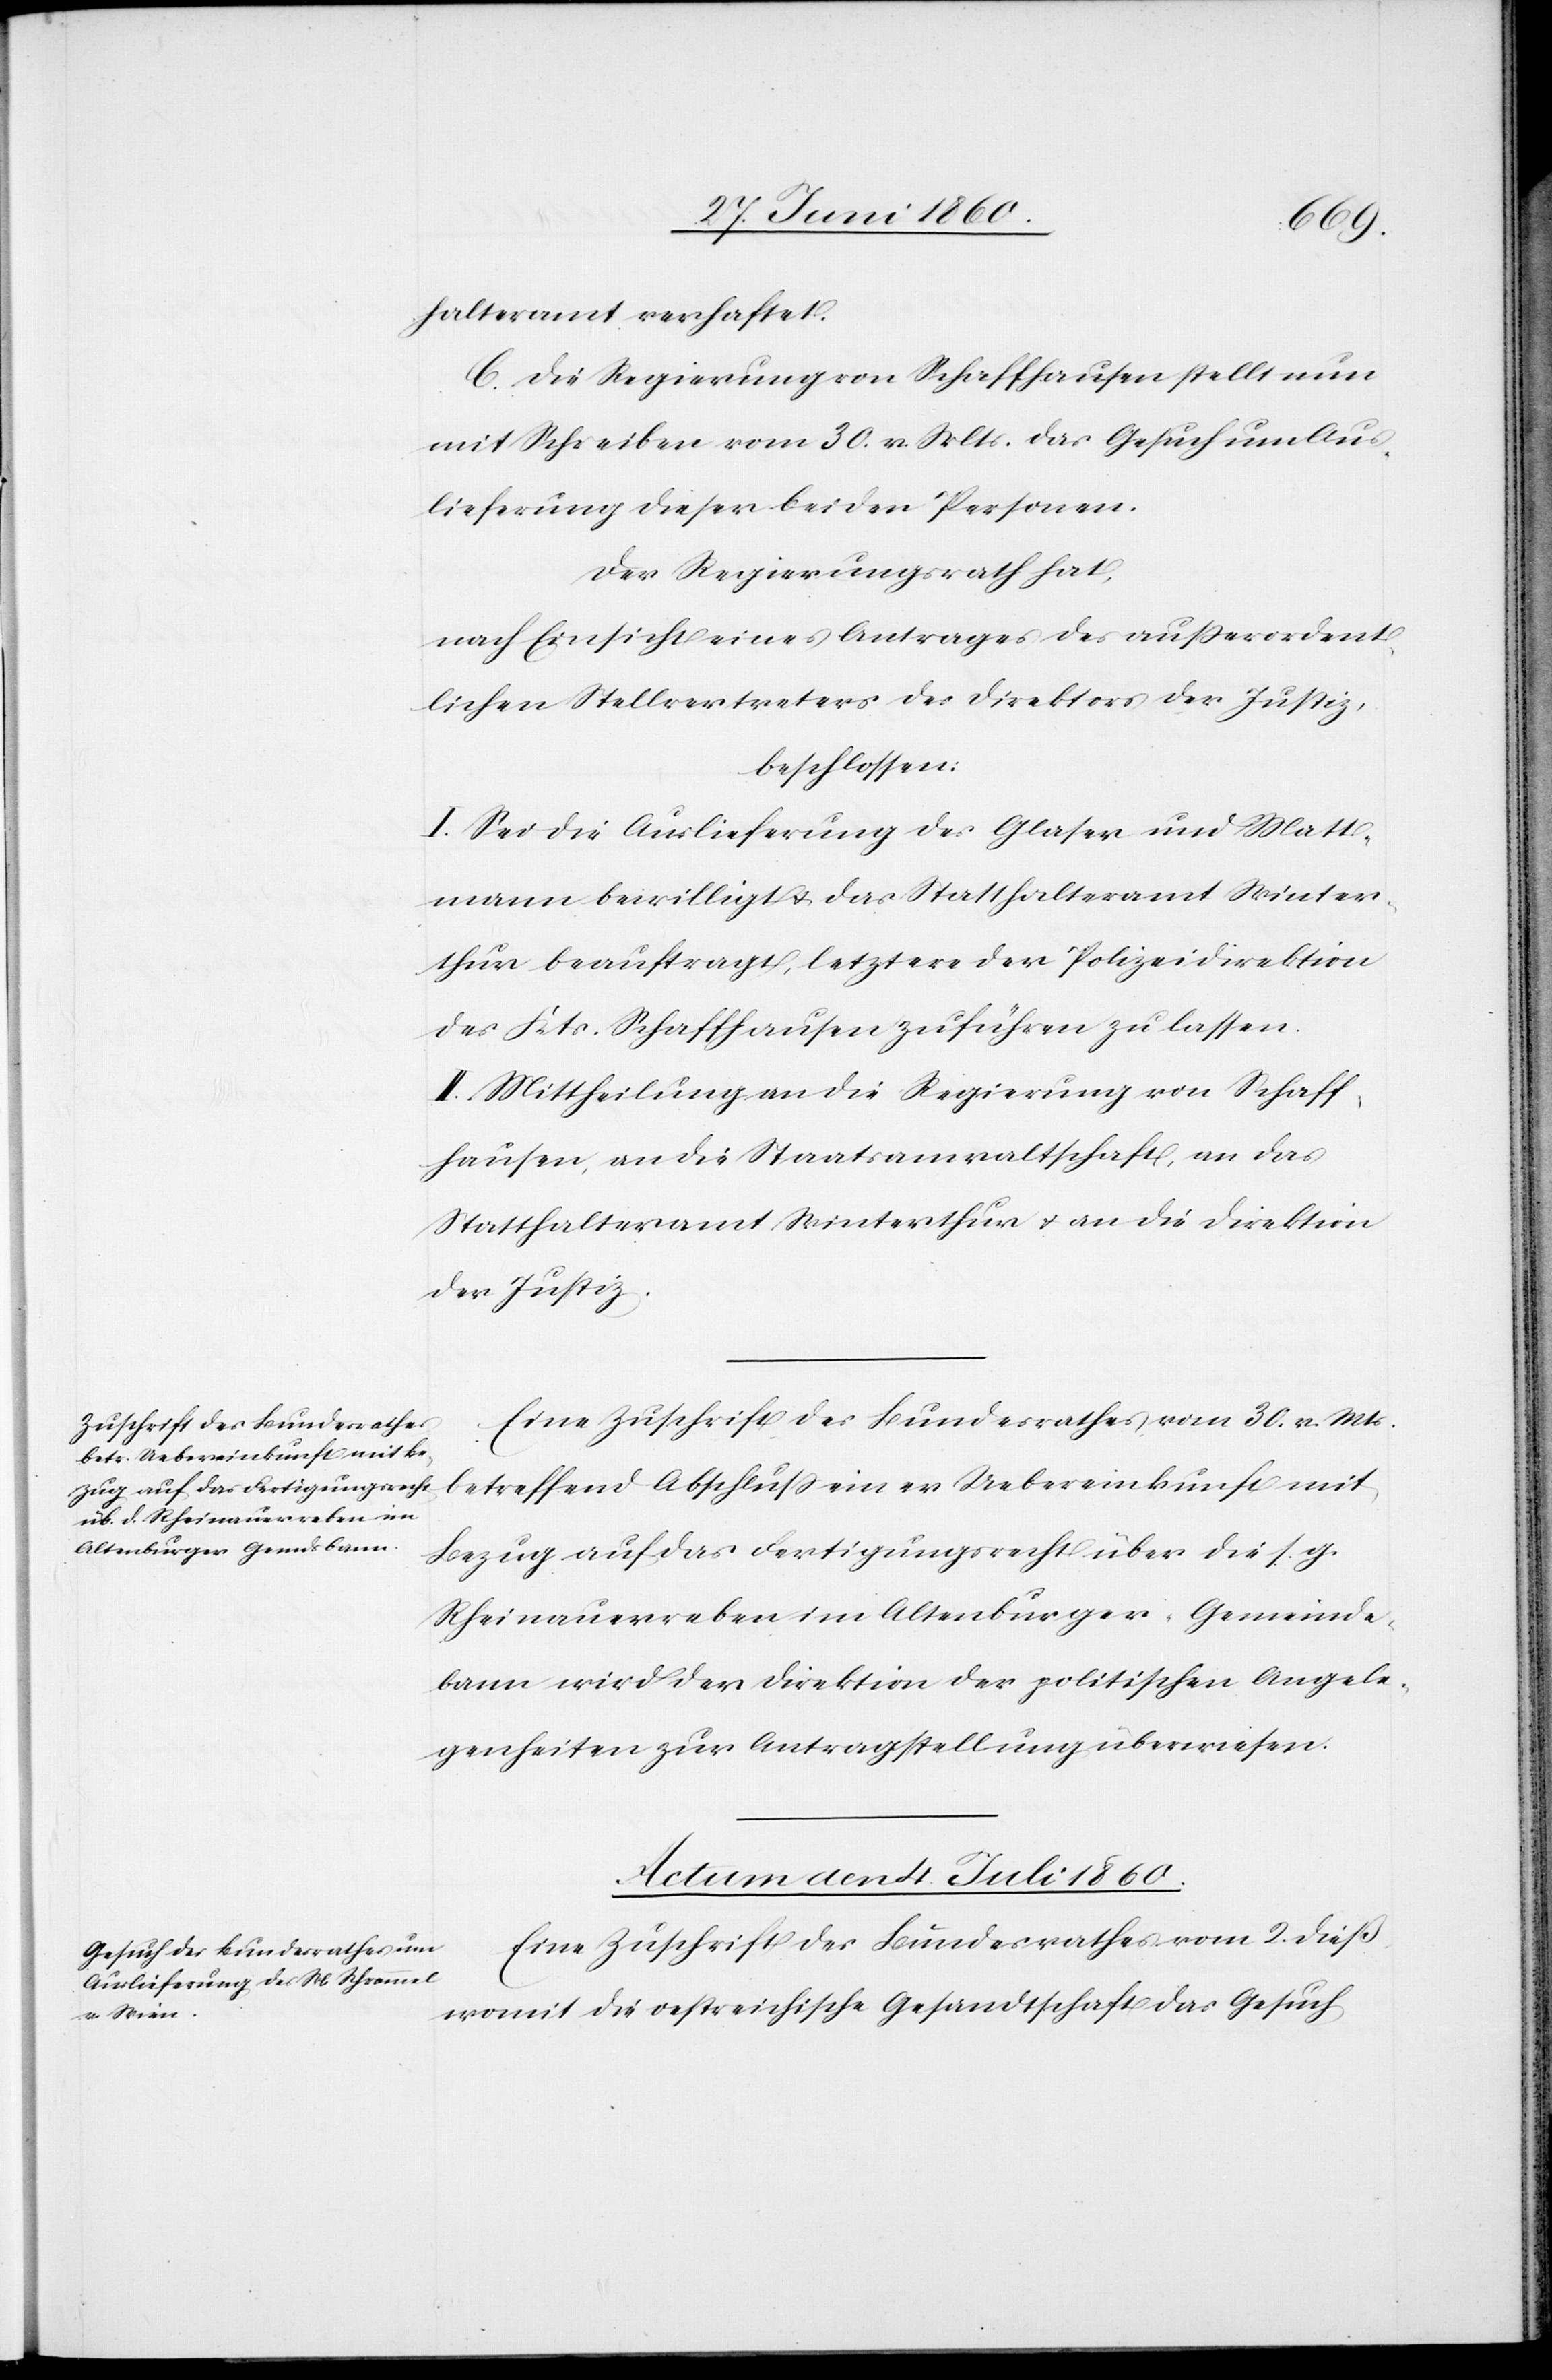
halteramt verhaftet.
C. Die Regierung von Schaffhausen stellt nun
mit Schreiben vom 30. v. Mts. das Gesuch um Aus¬
lieferung dieser beiden Personen.
Der Regierungsrath hat,
nach Einsicht eines Antrages des ausserordent¬
lichen Stellvertreters des Direktors der Justiz,
beschlossen:
I. Sei die Auslieferung des Glaser und Matt¬
mann bewilligt u. das Statthalteramt Winter¬
thur beauftragt, letztere der Polizeidirektion
des Kts. Schaffhausen zuführen zu lassen.
II. Mittheilung an die Regierung von Schaff¬
hausen, an die Staatsanwaltschaft, an das
Statthalteramt Winterthur u. an die Direktion
der Justiz.
Eine Zuschrift des Bundesrathes vom 30. v. Mts.
betreffend Abschluss einer Uebereinkunft mit
Bezug auf das Fertigungsrecht über die s. g.
Rheinauerreben im Altenburger Gemeinde¬
bann wird der Direktion der politischen Angele¬
genheiten zur Antragstellung überwiesen.
Actum den 4. Juli 1860.
Eine Zuschrift des Bundesrathes vom 2. dieß
womit die oestreichische Gesandtschaft das Gesuch